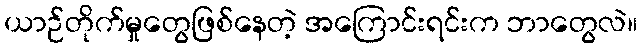
ယာဉ်တိုက်မှုတွေဖြစ်နေတဲ့ အကြောင်းရင်းက ဘာတွေလဲ။